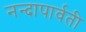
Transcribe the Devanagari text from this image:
नन्दापार्वती